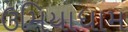
ઉમિયાધામ